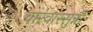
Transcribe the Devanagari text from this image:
वारंवारसुन्नी